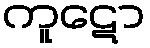
ကူဋော